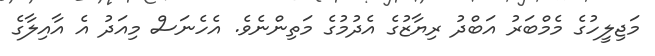
މަޖިލީހުގެ މެމްބަރު އަބްދު ރިޔާޒުގެ އެދުމުގެ މަތިންނެވެ. އެހެނަސް މިއަދު އެ އާއިލާގެ